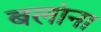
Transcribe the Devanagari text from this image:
बलांना